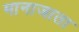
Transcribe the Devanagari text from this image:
मानाजाता